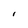
Character: I